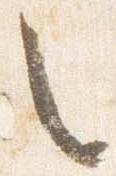
々